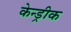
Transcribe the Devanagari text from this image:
केन्ड्रीक